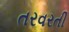
તરવરતી